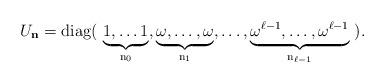
LaTeX: \begin{align*}U_{\bf n} = \rm{diag}(\ \underbrace{1, \ldots 1}_{n_0}, \underbrace{\omega, \ldots, \omega}_{n_1}, \ldots, \underbrace{\omega^{\ell-1}, \ldots, \omega^{\ell-1}}_{n_{\ell-1}}\ ).\end{align*}